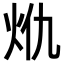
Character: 𭴍